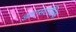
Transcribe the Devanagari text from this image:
डाएसटोलिक